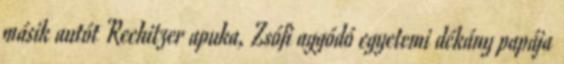
másik autót Rechitzer apuka, Zsófi aggódó egyetemi dékány papája